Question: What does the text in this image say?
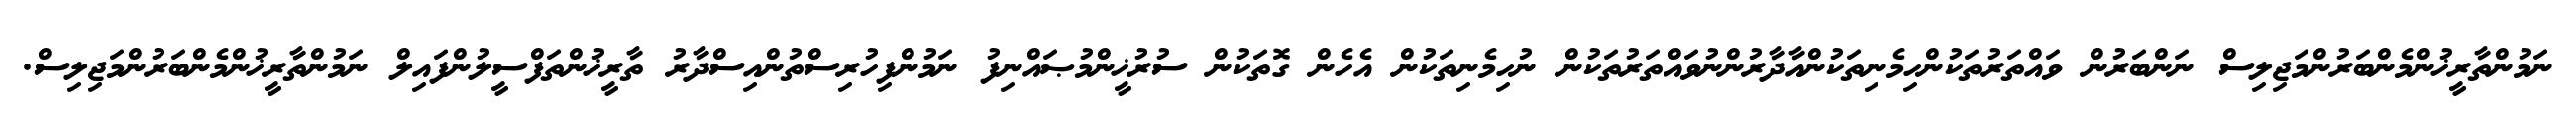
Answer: ނަމުންތާރީޚުންމެންބަރުންމަޖިލިސް ނަންބަރުން ވައްތަރުތަކުންހިމެނިތަކުންއާދާރުންނުވައްތަރުތަކުން ނުހިމެނިތަކުން އެހެން ގޮތަކުން ސުރުޚީންމުޞައްނިފު ނަމުންފިހުރިސްތުންއިސްދާރު ތާރީޚުންތަފްސީލުންފައިލް ނަމުންތާރީޚުންމެންބަރުންމަޖިލިސް.